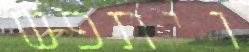
ויתפש